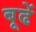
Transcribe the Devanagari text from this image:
बूढें